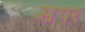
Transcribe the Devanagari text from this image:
सेपरे